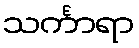
သင်္ကာရာ